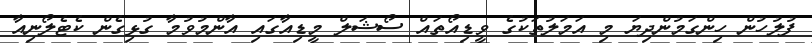
ފުލުހުން ހިންގަމުންދިޔަ މި އަމަލުތަކުގެ ވީޑިއޯތައް ސޯޝަލް މީޑިއާގައި އާންމުވުމާ ގުޅިގެން ކެޓެލޯނިއާ